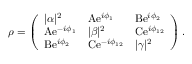
\rho = \left( \begin{array} { l l l } { | \alpha | ^ { 2 } } & { \mathrm { A } \mathrm { e } ^ { i \phi _ { 1 } } } & { \mathrm { B } \mathrm { e } ^ { i \phi _ { 2 } } } \\ { \mathrm { A } \mathrm { e } ^ { - i \phi _ { 1 } } } & { | \beta | ^ { 2 } } & { \mathrm { C } \mathrm { e } ^ { i \phi _ { 1 2 } } } \\ { \mathrm { B } \mathrm { e } ^ { i \phi _ { 2 } } } & { \mathrm { C } \mathrm { e } ^ { - i \phi _ { 1 2 } } } & { | \gamma | ^ { 2 } } \end{array} \right) .